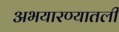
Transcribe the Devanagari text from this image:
अभयारण्यातली